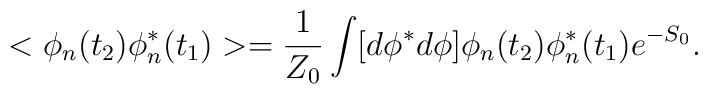
<\phi_n(t_2) \phi^*_n(t_1)>=\frac{1}{Z_0} \int [d\phi^*d\phi]\phi_n(t_2) \phi^*_n(t_1) e^{-S_0}.